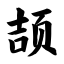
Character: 颉